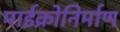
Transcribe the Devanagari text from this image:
माईक्रोनिर्माण